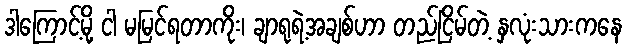
ဒါကြောင့်မို့ ငါ မမြင်ရတာကိုး၊ ချာရုရဲ့အချစ်ဟာ တည်ငြိမ်တဲ့ နှလုံးသားကနေ